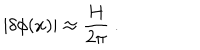
| \delta \phi ( x ) | \approx \frac { H } { 2 \pi } \ .